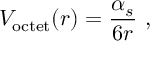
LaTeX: V _ { \mathrm { o c t e t } } ( r ) = { \frac { \alpha _ { s } } { 6 r } } \ ,